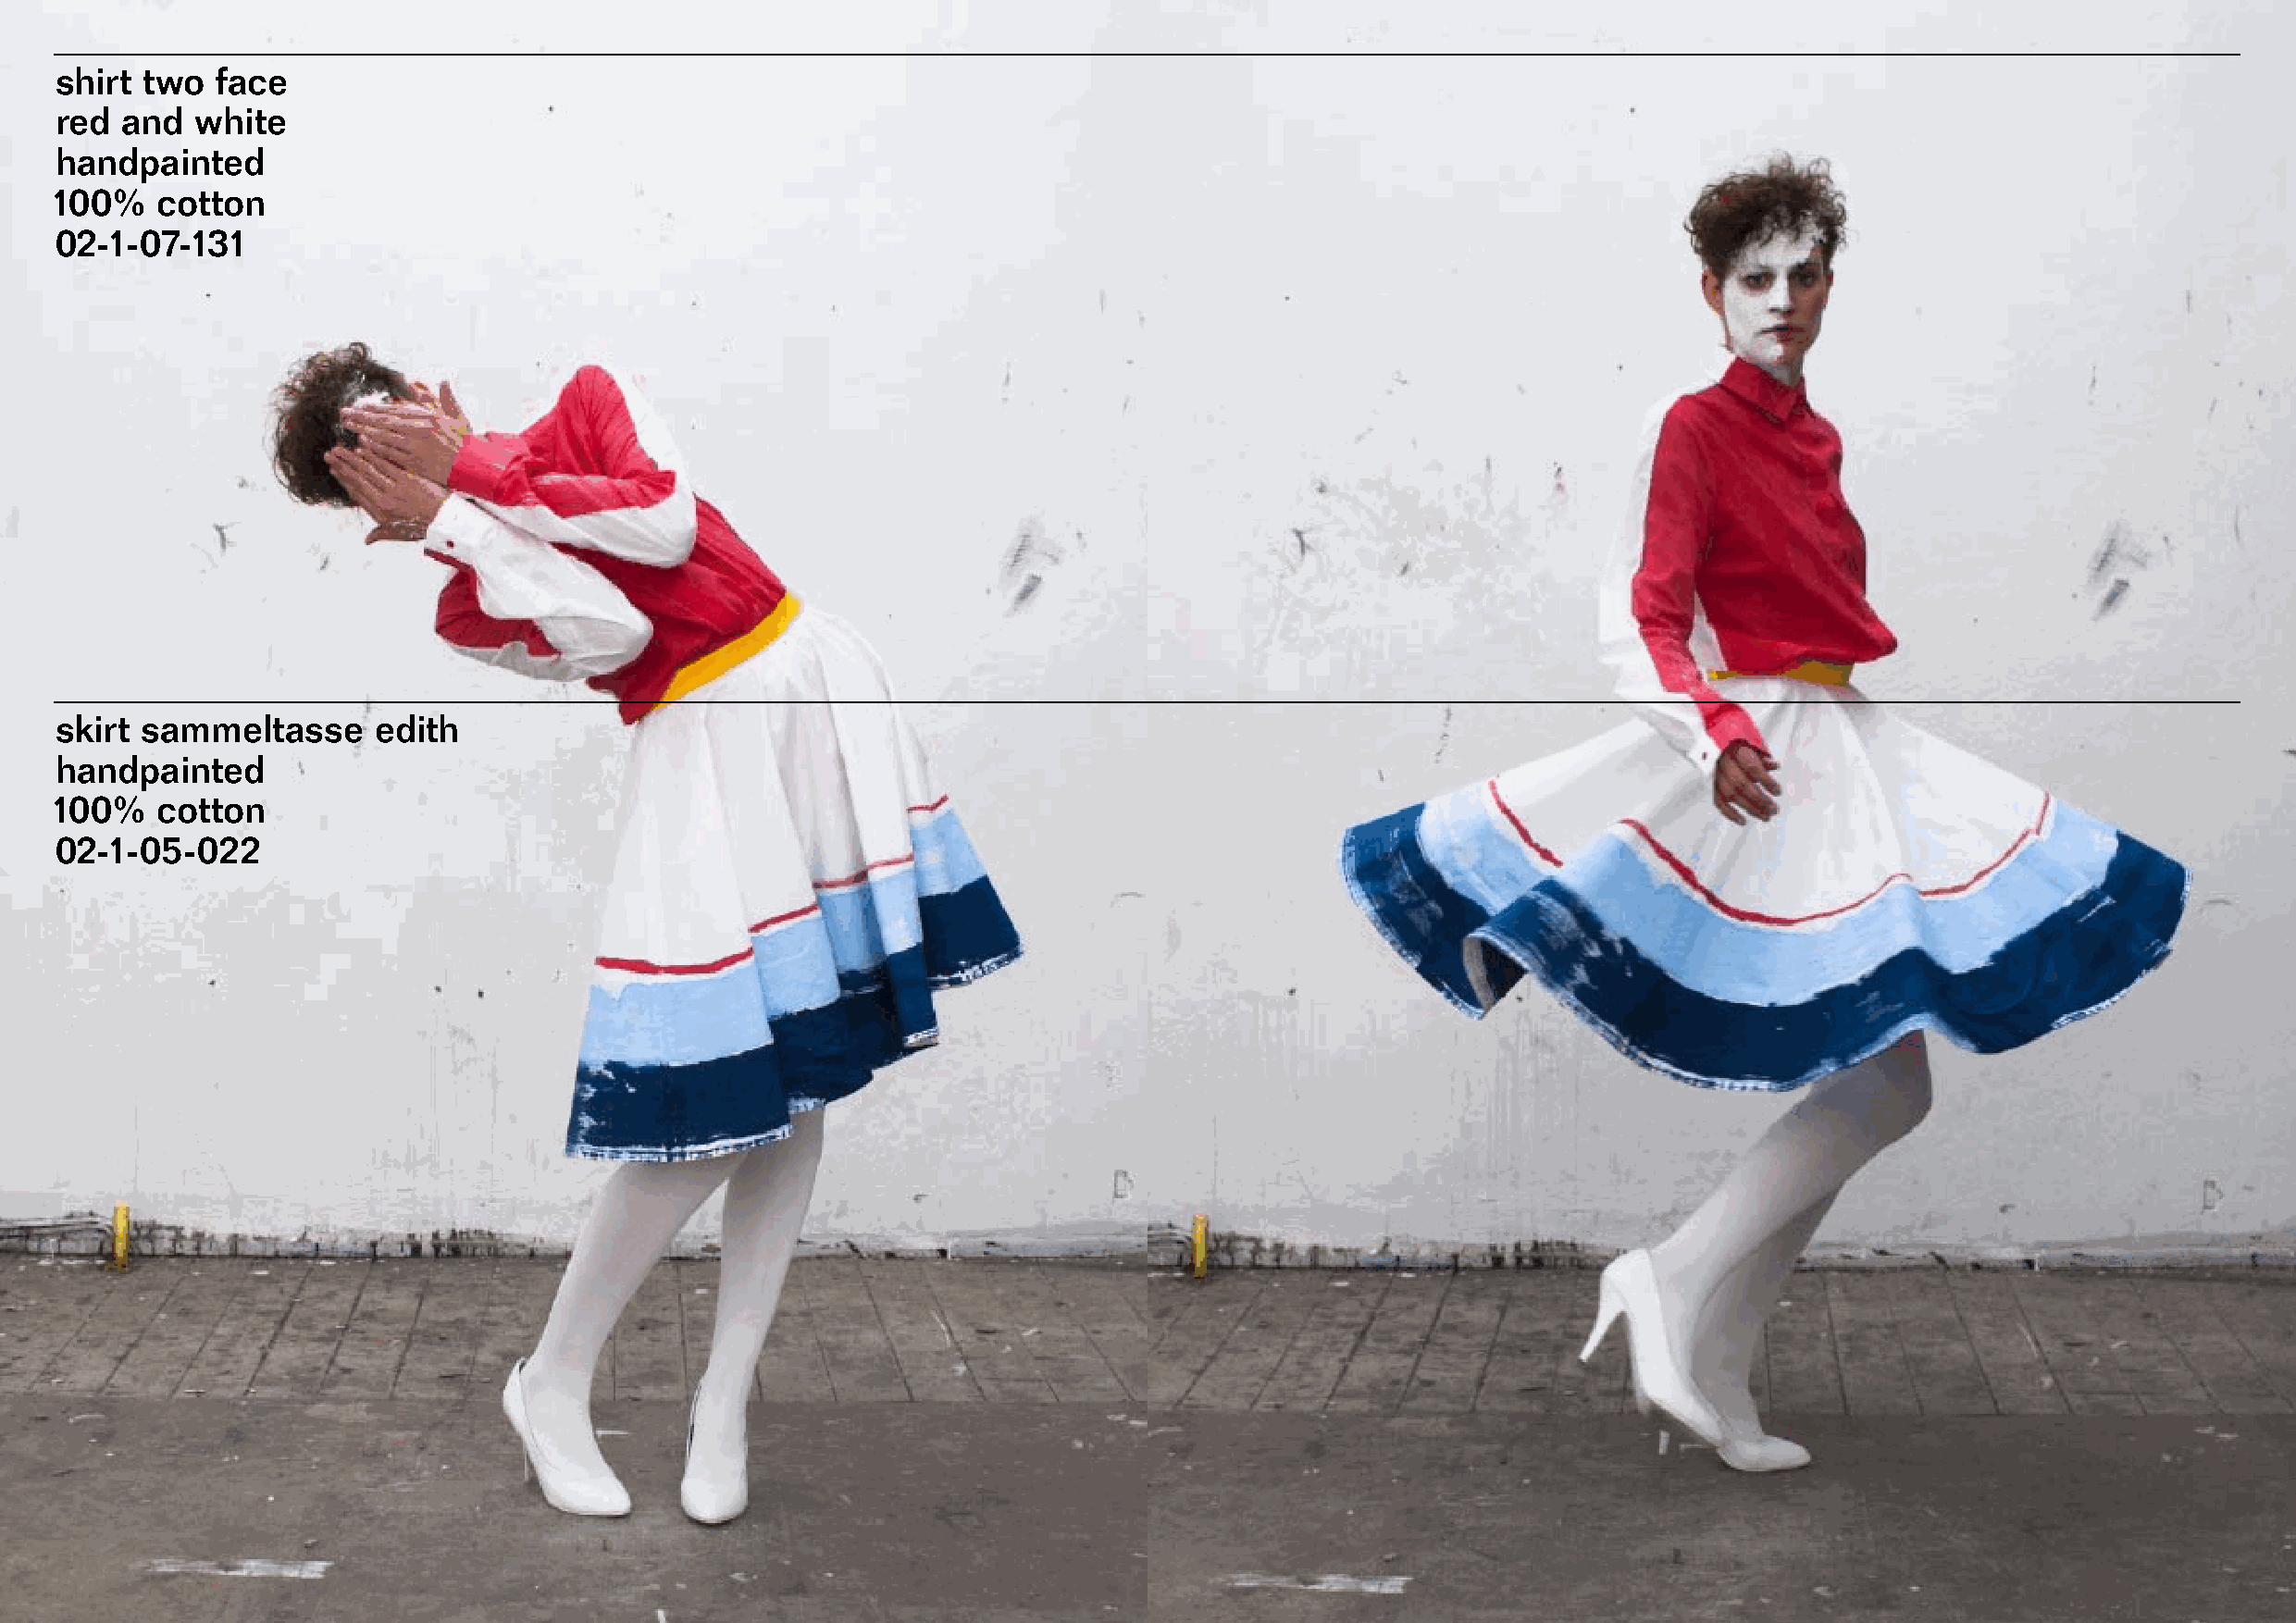
shirt two  face
 red  and  white
 handpainted
 100%   cotton
 02-1-07-131
 skirt sammeltasse      edith
 handpainted
 100%   cotton
 02-1-05-022